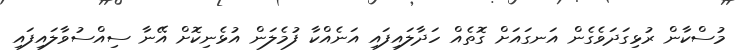
މުސްކާން ރުޅިގަދަވެގެން އަނގައަށް ގޮތެއް ހަދާލައިފައި އަނެއްކާ ފުމެލަން އުޅެނިކޮށް އޭނާ ސިއްސުވާލައިފައި